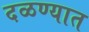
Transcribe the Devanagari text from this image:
दळण्यात